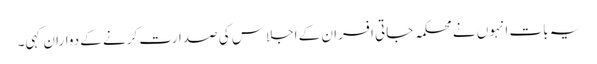
یہ بات انہوں نے محکمہ جاتی افسران کے اجلاس کی صدارت کرنے کے دواران کہی۔